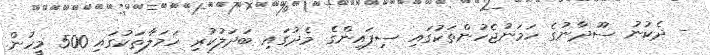
- ދެކުނު ސޫދާނުގެ ހަމަނުޖެހުންތަކުގައި ސިފައިންގެ މެދުގައި ބަދަލުކުރި ހަމަލާތަކުގައި 500 މީހުން